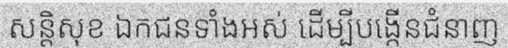
សន្តិសុខ ឯកជនទាំងអស់ ដើម្បីបង្កើនជំនាញ